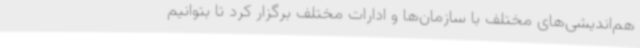
هم‌اندیشی‌های مختلف با سازمان‌ها و ادارات مختلف برگزار کرد تا بتوانیم